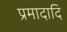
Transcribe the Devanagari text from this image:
प्रमादादि